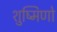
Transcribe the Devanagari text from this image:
शुष्मिणो